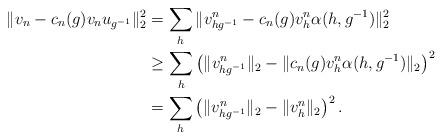
LaTeX: \begin{align*} \|v_n - c_n (g) v_n u_{g^{-1}}\|^2_2&=\sum _h \| v^n _{hg^{-1}} - c_n (g) v^n_h \alpha(h,g^{-1})\|^2_2\\ &\geq \sum _h \left (\| v^n _{hg^{-1}}\|_2 - \|c_n (g) v^n_h \alpha(h,g^{-1})\|_2\right )^2\\ &= \sum _h \left (\| v^n _{hg^{-1}}\|_2 - \|v^n_h \|_2\right )^2. \end{align*}